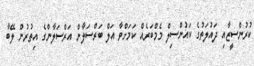
ކުރުންސީޒާއި ދައުލަތުގެ ކައުންސިލް މެމްބަރެއް ކަމަށްވާ އަލް ބަރްސަލާން އަރްސަލާންގެ އިތުރުން ލޭބާ